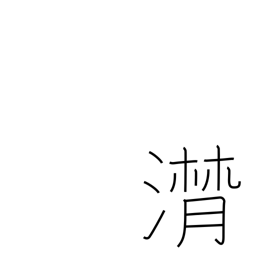
Meaning: flowing of tears